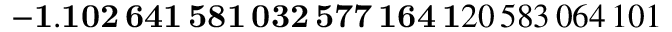
\mathbf { - 1 . 1 0 2 \, 6 4 1 \, 5 8 1 \, 0 3 2 \, 5 7 7 \, 1 6 4 \, 1 } 2 0 \, 5 8 3 \, 0 6 4 \, 1 0 1